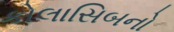
કોલાસિબનો